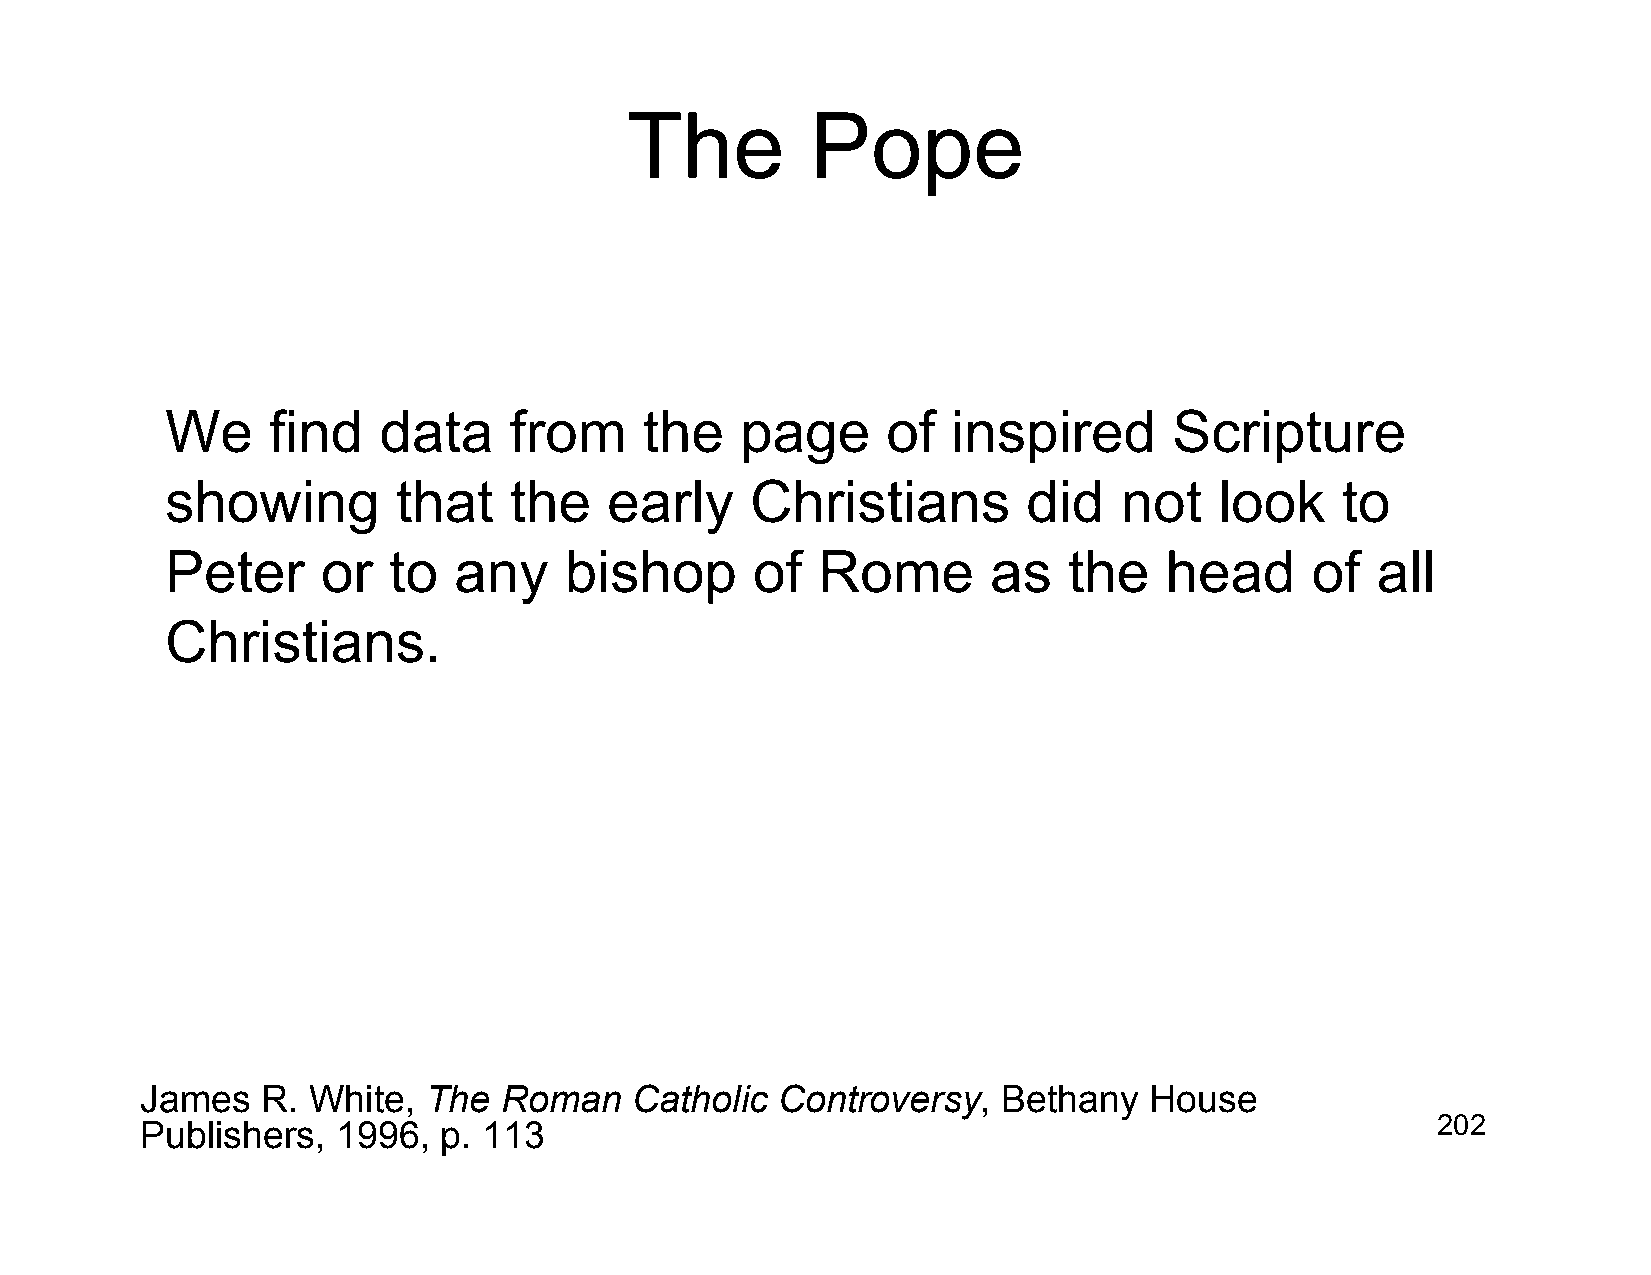
The          Pope
 We     find   data     from     the   page      of  inspired       Scripture
 showing        that    the   early     Christians        did   not    look    to
 Peter     or   to  any    bishop       of  Rome        as   the   head      of  all
 Christians.
 James   R. White,  The  Roman    Catholic Controversy,   Bethany   House
 Publishers,  1996,  p. 113                                                            202